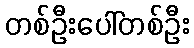
တစ်ဦးပေါ်တစ်ဦး